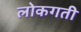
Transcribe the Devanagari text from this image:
लोकगती